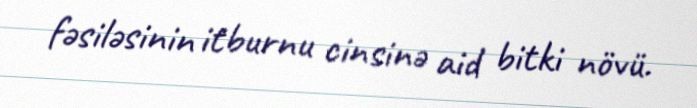
fəsiləsinin i̇tburnu cinsinə aid bitki növü.